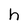
Character: h